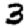
Digit: 3